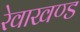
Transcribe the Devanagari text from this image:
रेवाखण्ड